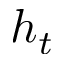
h _ { t }